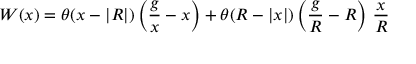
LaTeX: W ( x ) = \theta ( x - | R | ) \left( { \frac { g } { x } } - x \right) + \theta ( R - | x | ) \left( { \frac { g } { R } } - R \right) \, { \frac { x } { R } }